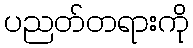
ပညတ်တရားကို